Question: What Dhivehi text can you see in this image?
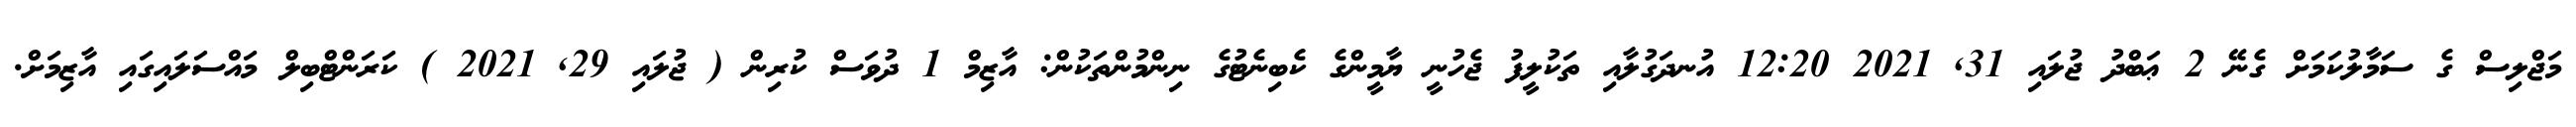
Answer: މަޖްލިސް ގެ ސަމާލުކަމަށް ގެނޭ 2 ޢަބްދު ޖުލައި 31, 2021 12:20 އުނދަގުލާއި ތަކުލީފު ޖެހުނީ ޔާމީންގެ ކެބިނެޓުގެ ނިންމުންތަކުން: އާޒިމް 1 ދުވަސް ކުރިން ( ޖުލައި 29, 2021 ) ކަރަންޓްބިލް މައްސަލައިގައި އާޒިމަށް.